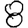
Digit: 8